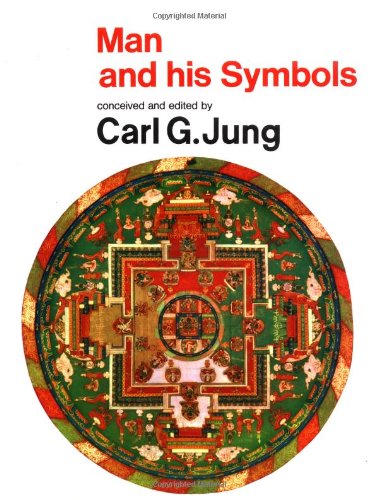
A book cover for Man and His Symbols; Carl Gustav Jung; Politics & Social Sciences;